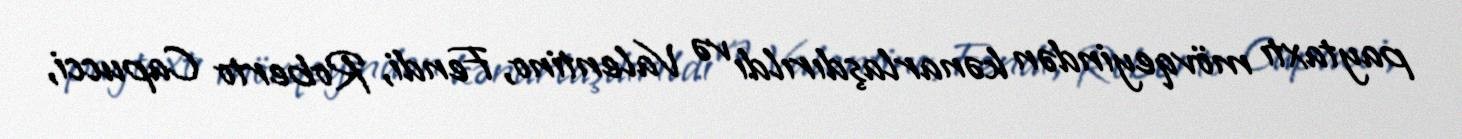
paytaxtı mövqeyindən kənarlaşdırıldı və Valentino, Fendi, Roberto Capucci,